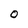
Character: o